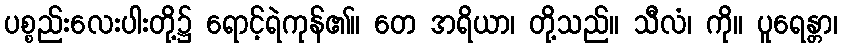
ပစ္စည်းလေးပါးတို့၌ ရောင့်ရဲကုန်၏။ တေ အရိယာ၊ တို့သည်။ သီလံ၊ ကို။ ပူရေန္တာ၊